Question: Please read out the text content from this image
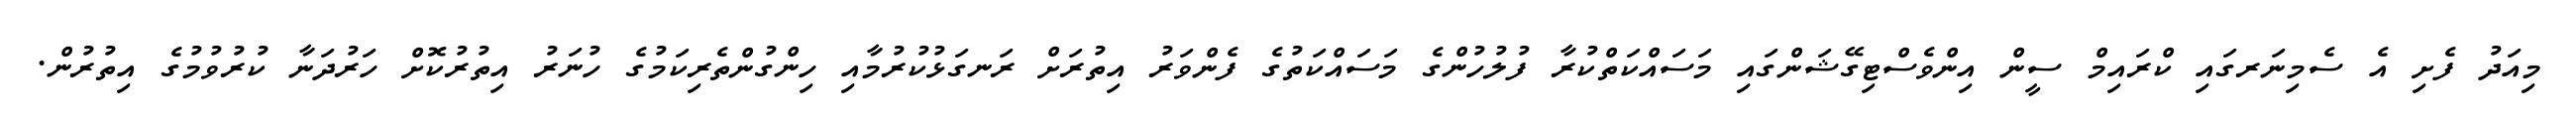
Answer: މިއަދު ފެށި އެ ސެމިނަރގައި ކްރައިމް ސީން އިންވެސްޓިގޭޝަންގައި މަސައްކަތްކުރާ ފުލުހުންގެ މަސައްކަތުގެ ފެންވަރު އިތުރަށް ރަނގަޅުކުރުމާއި ހިންގުންތެރިކަމުގެ ހުނަރު އިތުރުކޮށް ހަރުދަނާ ކުރުވުމުގެ އިތުރުން.